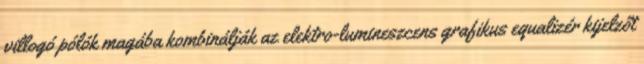
villogó pólók magába kombinálják az elektro-lumineszcens grafikus equalizér kijelzőt